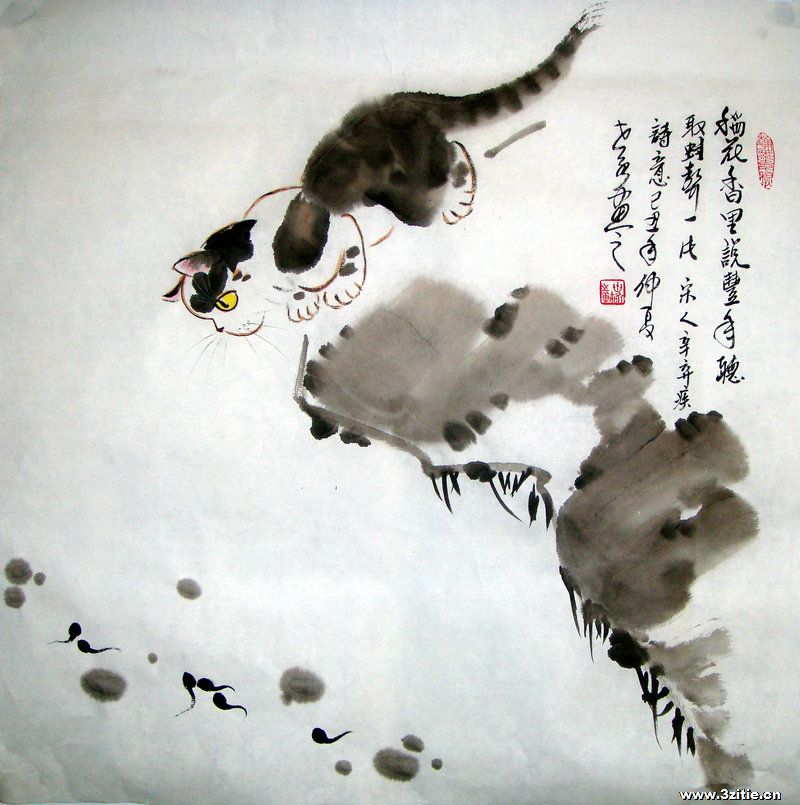
稻花香里说丰年。听取蛙声一片。